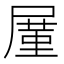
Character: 𪨒